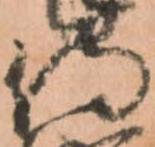
侍